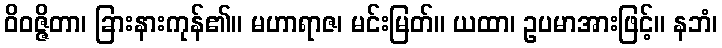
ဝိဝဇ္ဇိတာ၊ ခြားနားကုန်၏။ မဟာရာဇ၊ မင်းမြတ်။ ယထာ၊ ဥပမာအားဖြင့်။ နဘံ၊